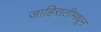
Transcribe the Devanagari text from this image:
जाहिरातीमधून